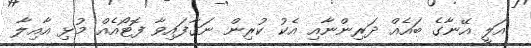
އަލީ އޭނާގެ ބައެއް ދަރިންނާއި އެކު ކުރިން ނަގާފައިވާ ފޮޓޯއެއް މުޅި އާއިލާ